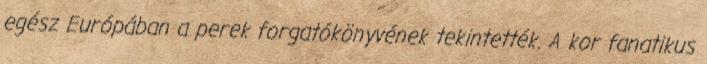
egész Európában a perek forgatókönyvének tekintették. A kor fanatikus